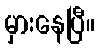
မှားနေပြီ။